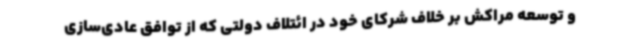
و توسعه مراکش بر خلاف شرکای خود در ائتلاف دولتی که از توافق عادی‌سازی